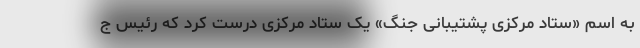
به اسم «ستاد مرکزی پشتیبانی جنگ» یک ستاد مرکزی درست کرد که رئیس ج